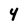
Character: 4